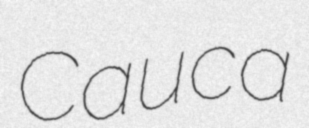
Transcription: Cauca